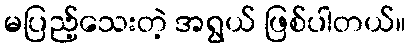
မပြည့်သေးတဲ့ အရွယ် ဖြစ်ပါတယ်။